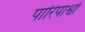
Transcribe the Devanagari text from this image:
पारिपाश्वों